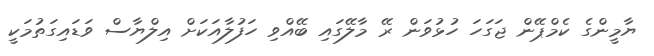
ޔާމީންގެ ކެމްޕޭން ޖަގަހަ ހުޅުވަން ރޭ މާލޭގައި ބޭއްވި ހަފުލާއަކަށް އިލްޔާސް ވަޑައިގަތުމަކީ